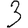
Digit: 3